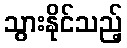
သွားနိုင်သည့်